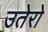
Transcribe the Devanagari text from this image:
उतेरो